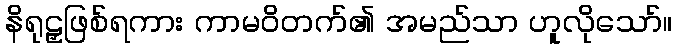
နိရုဠှဖြစ်ရကား ကာမဝိတက်၏ အမည်သာ ဟူလိုသော်။